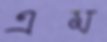
এম